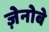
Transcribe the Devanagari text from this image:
ज़ेनोबे